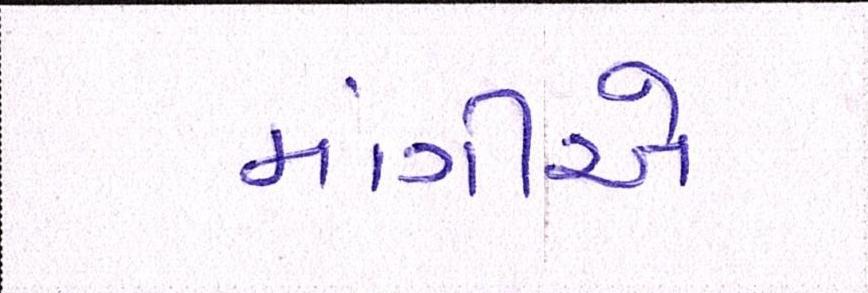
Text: માંગીએ